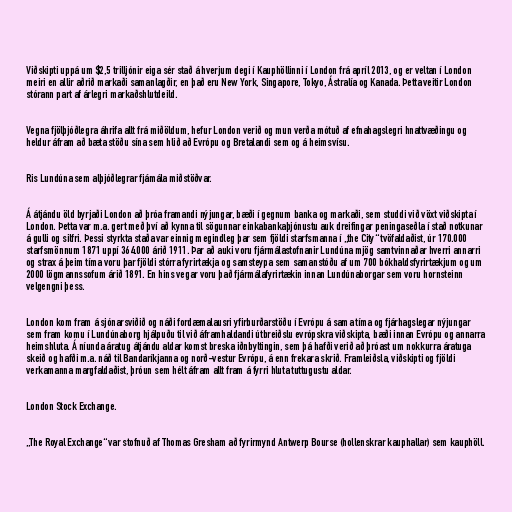
Viðskipti uppá um $2,5 trilljónir eiga sér stað á hverjum degi í Kauphöllinni í London frá apríl 2013, og er veltan í London
meiri en allir aðrið markaði samanlagðir, en það eru New York, Singapore, Tokyo, Ástralía og Kanada. Þetta veitir London
stórann part af árlegri markaðshlutdeild.

Vegna fjölþjóðlegra áhrifa allt frá miðöldum, hefur London verið og mun verða mótuð af efnahagslegri hnattvæðingu og
heldur áfram að bæta stöðu sína sem hlið að Evrópu og Bretalandi sem og á heimsvísu.

Ris Lundúna sem alþjóðlegrar fjámála miðstöðvar.

Á átjándu öld byrjaði London að þróa framandi nýjungar, bæði í gegnum banka og markaði, sem studdi við vöxt viðskipta í
London. Þetta var m.a. gert með því að kynna til sögunnar einkabankaþjónustu auk dreifingar peningaseðla í stað notkunar
á gulli og silfri. Þessi styrkta staða var einnig megindleg þar sem fjöldi starfsmanna í „the City“ tvöfaldaðist, úr 170.000
starfsmönnum 1871 uppí 364.000 árið 1911. Þar að auki voru fjármálastofnanir Lundúna mjög samtvinnaðar hverri annarri
og strax á þeim tíma voru þar fjöldi stórra fyrirtækja og samsteypa sem samanstóðu af um 700 bókhaldsfyrirtækjum og um
2000 lögmannssofum árið 1891. En hins vegar voru það fjármálafyrirtækin innan Lundúnaborgar sem voru hornsteinn
velgengni þess.

London kom fram á sjónarsviðið og náði fordæmalausri yfirburðarstöðu í Evrópu á sama tíma og fjárhagslegar nýjungar
sem fram komu í Lundúnaborg hjálpuðu til við áframhaldandi útbreiðslu evrópskra viðskipta, bæði innan Evrópu og annarra
heimshluta. Á níunda áratug átjándu aldar komst breska iðnbyltingin, sem þá hafði verið að þróast um nokkurra áratuga
skeið og hafði m.a. náð til Bandaríkjanna og norð-vestur Evrópu, á enn frekara skrið. Framleiðsla, viðskipti og fjöldi
verkamanna margfaldaðist, þróun sem hélt áfram allt fram á fyrri hluta tuttugustu aldar.

London Stock Exchange.

„The Royal Exchange“ var stofnuð af Thomas Gresham að fyrirmynd Antwerp Bourse (hollenskrar kauphallar) sem kauphöll.